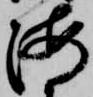
海